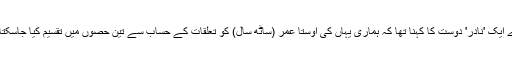
میرے ایک 'نادر' دوست کا کہنا تھا کہ ہماری یہاں کی اوستاَ عمر (ساٹھ سال) کو تعلقات کے حساب سے تین حصوں میں تقسیم کیا جاسکتا ہے۔